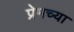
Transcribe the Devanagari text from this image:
प्रेमच्या